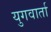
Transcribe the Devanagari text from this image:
युगवार्ता